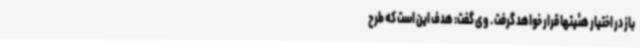
باز در اختیار هئیتها قرار خواهد گرفت . وی گفت: هدف این است که طرح